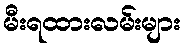
မီးရထားလမ်းများ